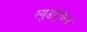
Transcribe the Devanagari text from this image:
स्युडयुक्रेन